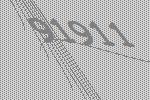
91911